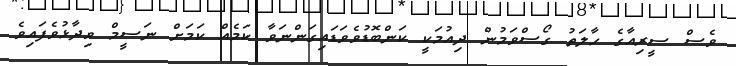
ވެސް ސީރިއާގެ ހާލަތު ގޯސްވަމުން ދިއުމަކީ ކަންބޮޑުވެވަޑައިގަންނަވާ ކަމެއް ކަމަށް ނަސީމް ވިދާޅުވެފައިވެ